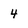
Character: 4